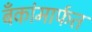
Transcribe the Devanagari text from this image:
बँकांमार्फत